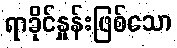
ရာခိုင်နှုန်းဖြစ်သော